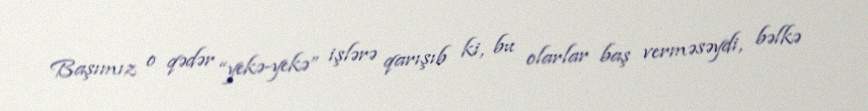
Başımız o qədər “yekə-yekə” işlərə qarışıb ki, bu olarlar baş verməsəydi, bəlkə